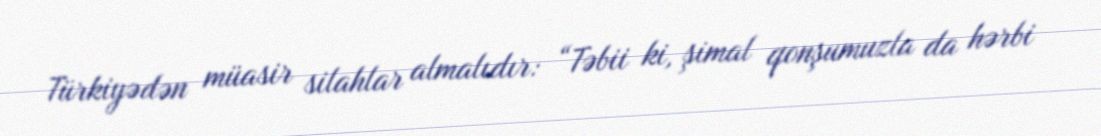
Türkiyədən müasir silahlar almalıdır: “Təbii ki, şimal qonşumuzla da hərbi